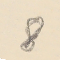
8